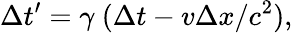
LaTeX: \Delta t^{\prime}=\gamma\ (\Delta t-v\Delta x/c^{2}),